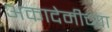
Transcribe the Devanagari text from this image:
अकादेमीच्या